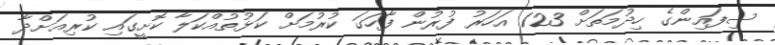
ސިފައިންގެ ހިދުމަތަށް 123 އަހަރު ފުރުން ފާހަގަ ކުރުމަށް ކަޅުތުއްކަލާ ކޮށީގައި ކުރިއަށްދާ